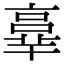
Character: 𠆆